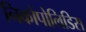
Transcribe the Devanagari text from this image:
निकोपोलिडिस